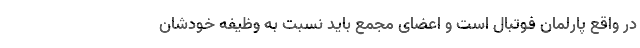
در واقع پارلمان فوتبال است و اعضای مجمع باید نسبت به وظیفه خودشان